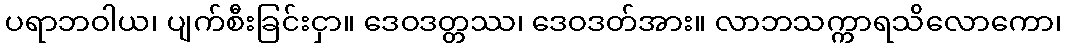
ပရာဘဝါယ၊ ပျက်စီးခြင်းငှာ။ ဒေဝဒတ္တဿ၊ ဒေဝဒတ်အား။ လာဘသက္ကာရသိလောကော၊